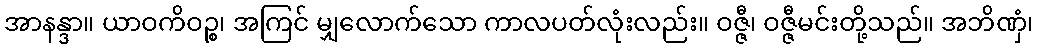
အာနန္ဒာ။ ယာဝကိဝဉ္စ၊ အကြင် မျှလောက်သော ကာလပတ်လုံးလည်း။ ဝဇ္ဇီ၊ ဝဇ္ဇီမင်းတို့သည်။ အဘိဏှံ၊